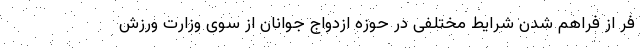
فر از فراهم شدن شرایط مختلفی در حوزه ازدواج جوانان از سوی وزارت ورزش